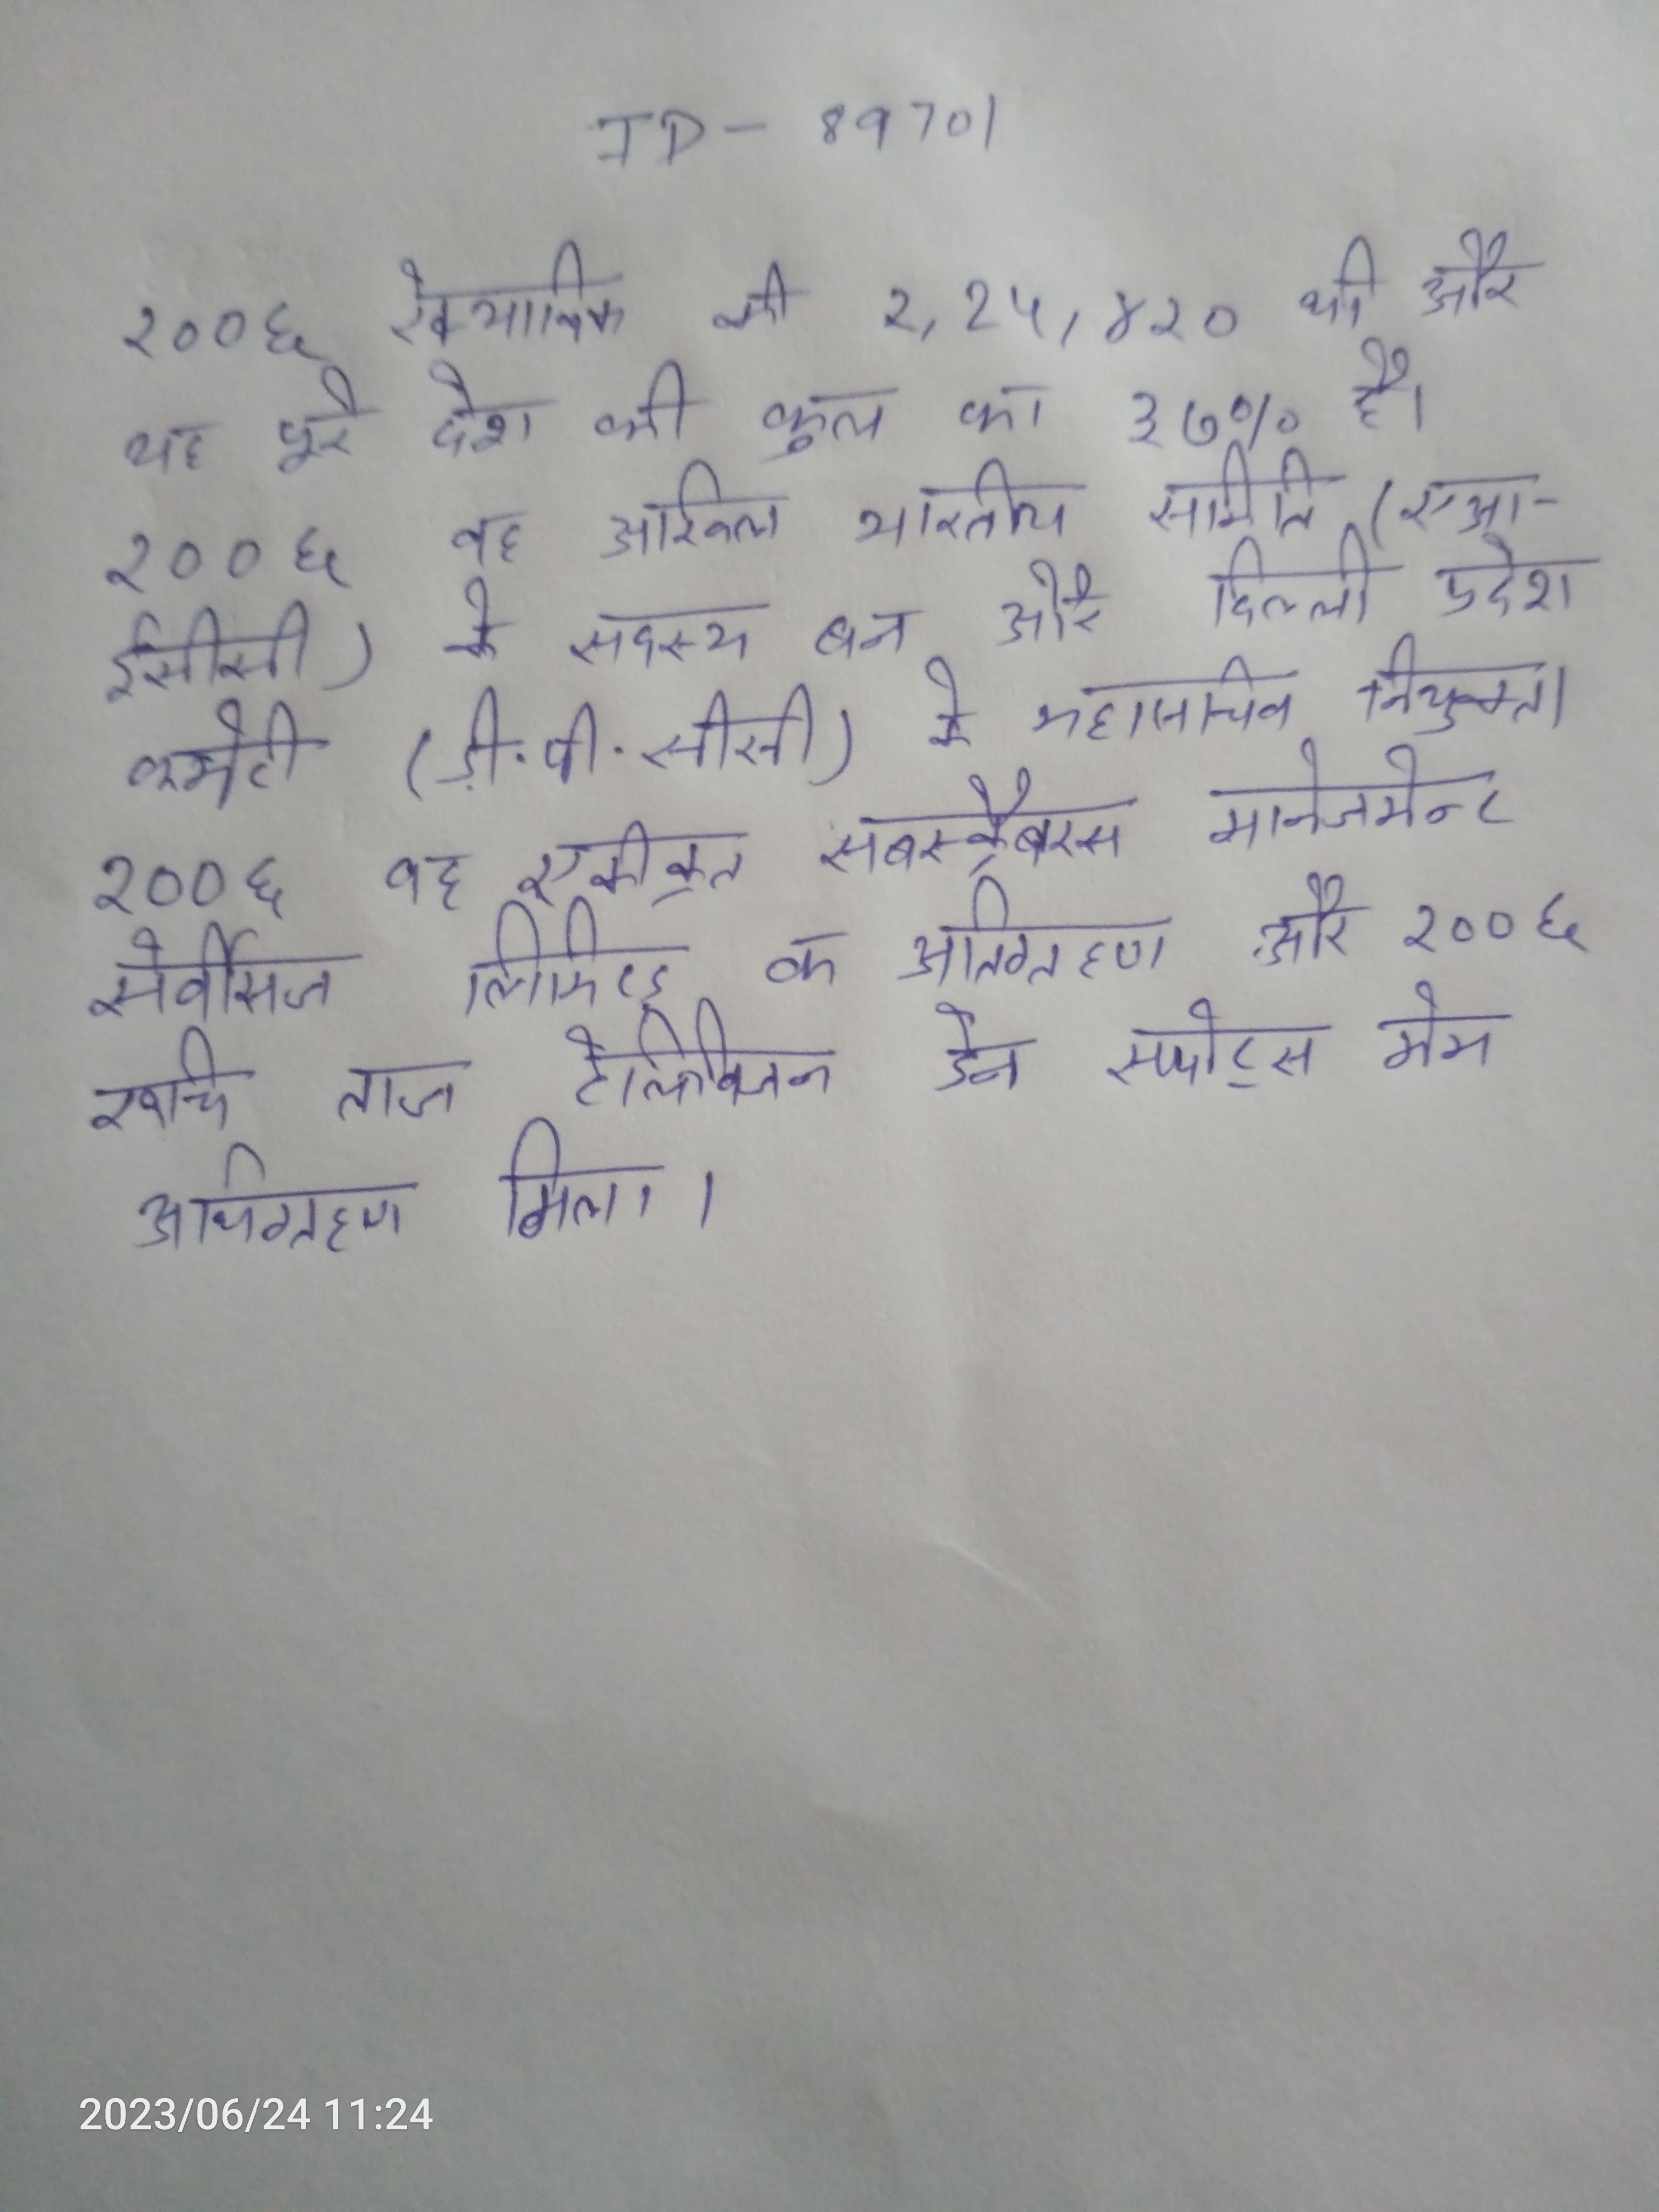
२००६ रेक्याविक की १,१५,४२० थी और यह पूरे देश की कुल का ३७% है । २००६ वह अखिल भारतीय समिति (एआईसीसी) के सदस्य बन और दिल्ली प्रदेश कमेटी (डीपीसीसी) के महासचिव नियुक्त । २००६ वह एकीक्रत सबस्क्रैबरस मानेज्मेन्ट सेर्वीसज लिमिटड क अतिग्रहण और २००६ रुचि ताज टेलिविजन डेन स्पोर्ट्स मेम अथिग्रहण मिला ।